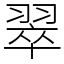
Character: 翠